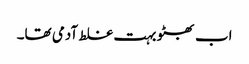
اب بھٹو بہت غلط آدمی تھا۔